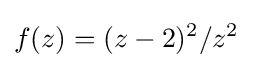
f(z)=(z-2)^{2}/z^{2}